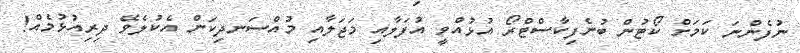
ނުފެންނަ ކަމަށް ކޯޓުން ބުނެފިކާސްޓްރޯ އުޅުއްވީ އުފަލާއި މަޖަލާއި މުއްސަނދިކަން އެކުލެވޭ ދިރިއުޅުމެއް!